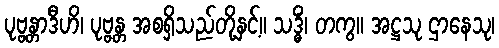
ပုဗ္ဗန္တာဒီဟိ၊ ပုဗ္ဗန္တ အစရှိသည်တို့နှင့်။ သဒ္ဓိံ၊ တကွ။ အဋ္ဌသု ဌာနေသု၊